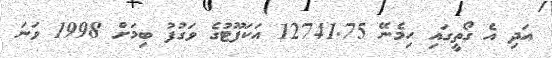
އަދި އެ ގޯތީގައި ހިމެނޭ 12741.75 އަކަފޫޓުގެ ވަގުފު ބިމަށް 1998 ވަނަ